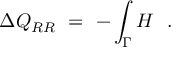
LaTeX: \Delta Q _ { R R } \ = \ - \int _ { \Gamma } H \ \ .